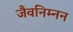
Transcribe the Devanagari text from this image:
जैवनिम्नन